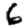
Digit: 6